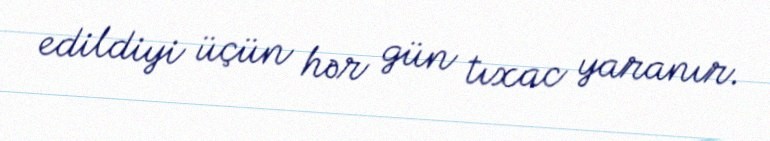
edildiyi üçün hər gün tıxac yaranır.